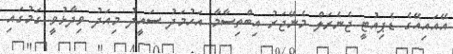
އޭއައިއޭގެ ޑެޕިއުޓީ ޖެނެރަލް މެނޭޖަރު އިބްތިސާމާ އަހުމަދު ސައީދު މިއަދު ވިދާޅުވީ ގަމުގައި